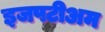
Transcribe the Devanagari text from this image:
इजपटीअम